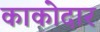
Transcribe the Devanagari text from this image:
काकोदार